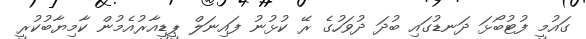
ގައުމީ ފުޓުބޯޅަ ދަނޑުގައި ބުދަ ދުވަހުގެ ރޭ ކުޅުނު ފައިނަލް ޕީޑީއާރުއެމުން ކާމިޔާބުކުރީ